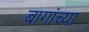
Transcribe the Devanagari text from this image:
बागांच्या